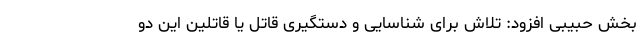
بخش حبیبی افزود: تلاش برای شناسایی و دستگیری قاتل یا قاتلین این دو